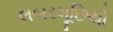
લબરમૂછિયો